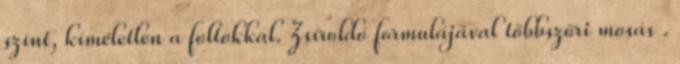
színt, kíméletlen a foltokkal. Zsíroldó formulájával többszöri mosás .